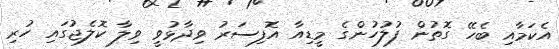
އެކަމާއި ބެހޭ ގޮތުން ފުލުހުންގެ މީޑިއާ އޮފިސަރު ވިދާޅުވީ ވިލާ ކޮލެޖުގައި ހުރި